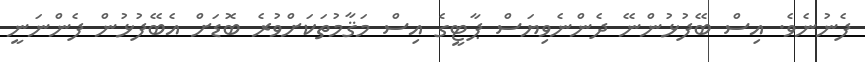
ފެނުނެވެ. އިސް ބޭފުޅުންނޭ ދެންނެވިޔަސް ޕާޓީގެ އިސް މަޤާމުތަކަށްވުރެ ބޮޑަށް އެބޭފުޅުން ފެންނަނީ